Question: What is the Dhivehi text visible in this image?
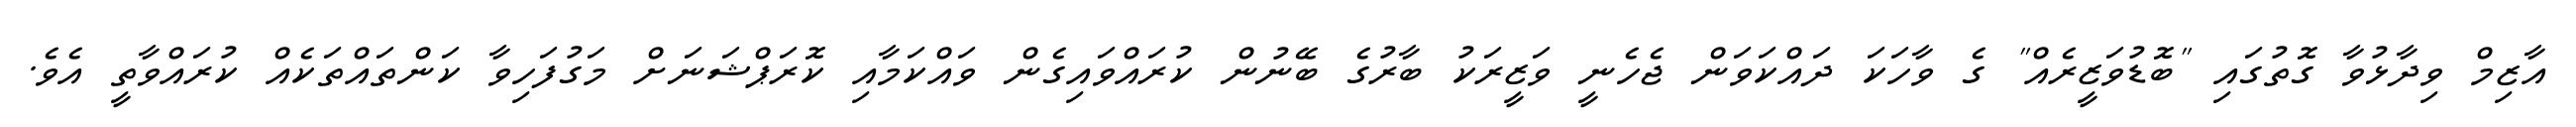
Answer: އާޒިމް ވިދާޅުވާ ގޮތުގައި "ބޮޑުވަޒީރެއް" ގެ ވާހަކަ ދައްކަވަން ޖެހެނީ ވަޒީރަކު ބާރުގެ ބޭނުން ކުރައްވައިގެން ވައްކަމާއި ކޮރަޕްޝަނަށް މަގުފަހިވާ ކަންތައްތަކެއް ކުރައްވާތީ އެވެ.